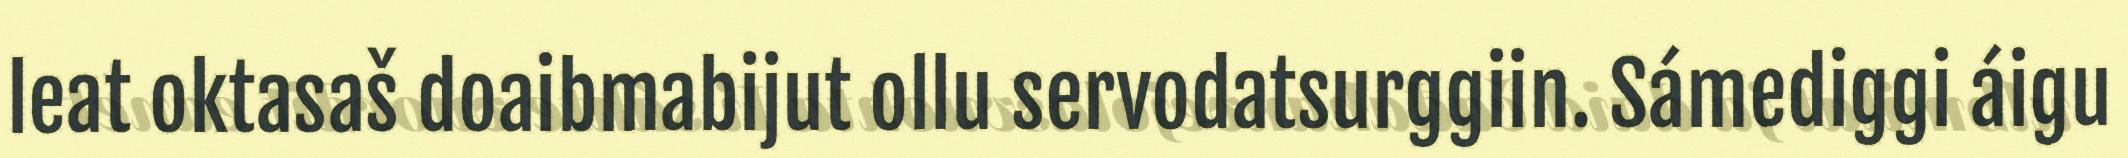
leat oktasaš doaibmabijut ollu servodatsurggiin. Sámediggi áigu